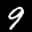
Label: 9